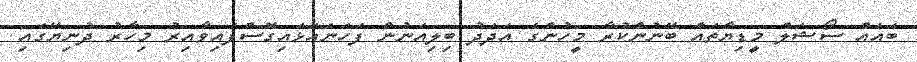
ބައެއް ސޯޝަލް މީޑިޔާތައް ބޭނުންކުރާ މީހުންގެ އަދަދު ބިލިއަނުން ފަހަނައަޅައިގޮސްފައިވާއިރު މިހާރު ދުނިޔޭގައި